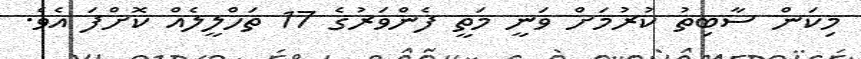
މިކަން ސާބިތު ކުރުމަށް ވަނީ މަތީ ފެންވަރުގެ 17 ތަހްލީލެއް ކޮށްފަ އެވެ.